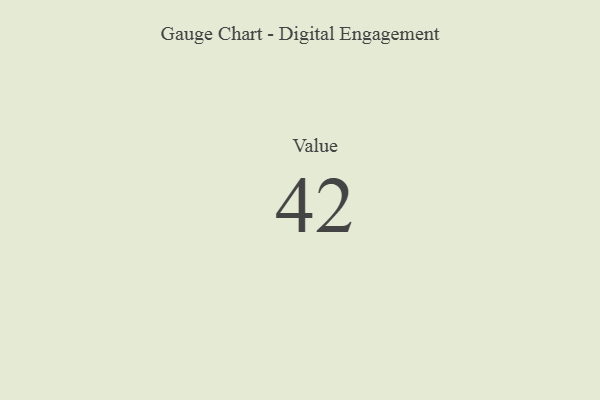
{"axis": {"x": "Metric", "y": "Value"}, "legend": [""], "data": [{"x": "Value", "y": 42, "type": ""}]}